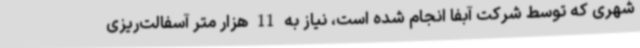
شهری که توسط شرکت آبفا انجام شده است، نیاز به 11 هزار متر آسفالت‌ریزی